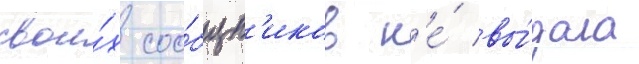
свои́х соо́бщн'иков н'е́ вы́дала